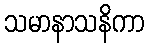
သမာနာသနိကာ